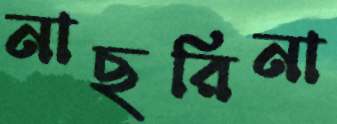
নাছরিনা